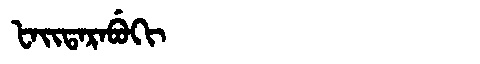
Manchu: ᡶᠠᡳᡨᠠᡵᠠᠪᡠᡴᡳ
Romanization: FAITARABUKI